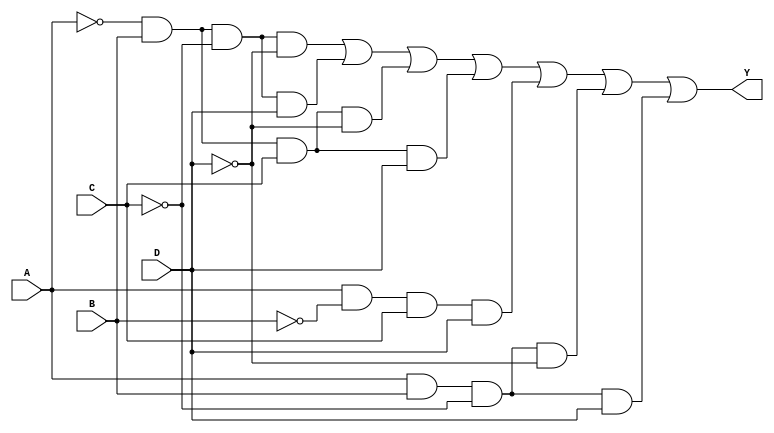
module comb_Y2(output Y,input A,B,C,D);
  
  assign Y = ~A & B & ~C & ~D |
	     ~A & B & ~C & D |
             ~A & B & C & ~D |
	     ~A & B & C & D |
	     A & ~B & C & D |
	     A & B & ~C & ~D |
	     A & B & ~C & D;
endmodule